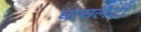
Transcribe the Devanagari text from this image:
घासलेटी